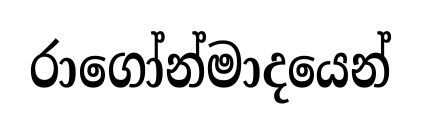
රාගෝන්මාදයෙන්